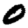
Digit: 0